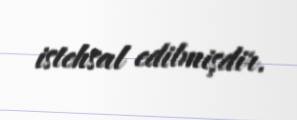
istehsal edilmişdir.